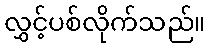
လွှင့်ပစ်လိုက်သည်။